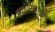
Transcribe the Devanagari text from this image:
स्वारीसारख्या